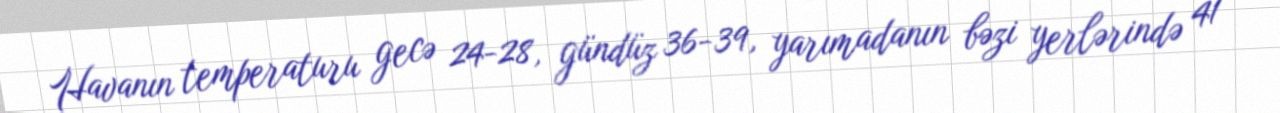
Havanın temperaturu gecə 24-28, gündüz 36-39, yarımadanın bəzi yerlərində 41